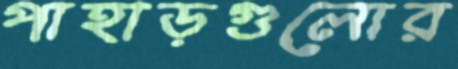
পাহাড়গুলোর